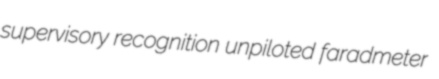
supervisory recognition unpiloted faradmeter